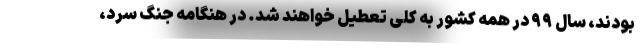
بودند، سال ۹۹ در همه کشور به کلی تعطیل خواهند شد. در هنگامه جنگ سرد،